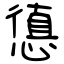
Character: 憄